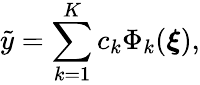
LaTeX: \tilde{y}=\sum_{k=1}^{K}c_{k}\Phi_{k}({\boldsymbol{\xi}}),